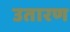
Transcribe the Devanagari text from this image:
उतारण